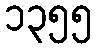
၁၃၅၅